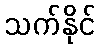
သက်နိုင်